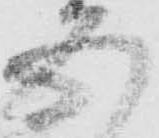
五